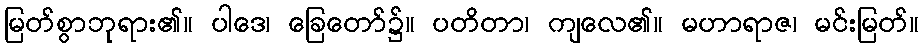
မြတ်စွာဘုရား၏။ ပါဒေ၊ ခြေတော်၌။ ပတိတာ၊ ကျလေ၏။ မဟာရာဇ၊ မင်းမြတ်။